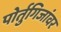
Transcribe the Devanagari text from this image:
पोर्तुगिजांवर